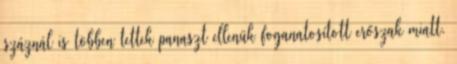
száznál is többen tettek panaszt ellenük foganatosított erőszak miatt.